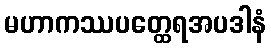
မဟာကဿပတ္ထေရအပဒါနံ